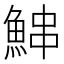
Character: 𬵓